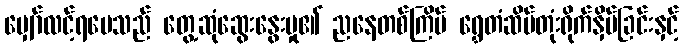
မျှော်လင့်ရပေသည် တွေ့ဆုံဆွေးနွေးမှု၏ ညနေတစ်ကြိမ် ရွှေတံဆိပ်တုံးရိုက်နှိပ်ခြင်းနှင့်